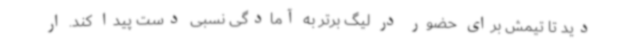
دید تا تیمش برای حضور در لیگ برتر به آمادگی نسبی دست پیدا کند. ار